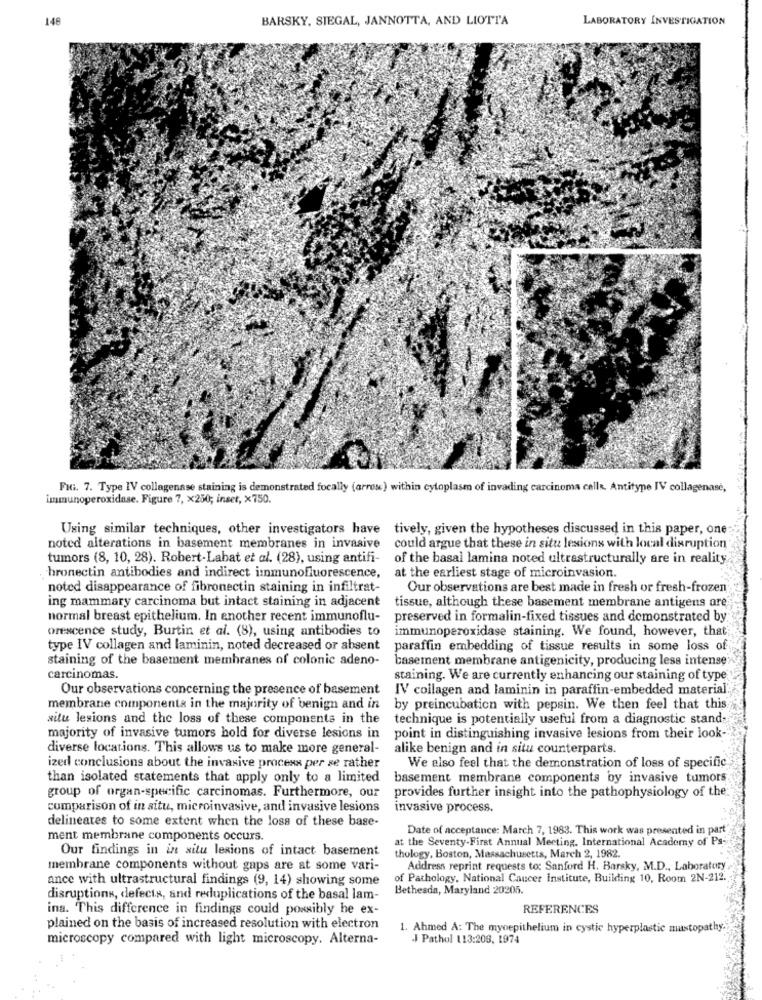
146
BARSKY, SIEGAL, JANNOTTA, AND LIOTTA
LABORATORY INVESTIGATION
FIG. 7. Type IV collagenase staining is demonstrated focally (arrose) within cytoplasm of invading carcinoma cells. Antitype IV collagenase,
immunoperoxidase. Figure 7, x250; inset, ×750.
Using similar techniques, other investigators have tively, given the hypotheses discussed in this paper, one
noted alterations in basement membranes in invasive
could argue that these in situ lesions with local disruption
tumors (8, 10, 28). Robert-Labat et al. (28), using antifi-
of the basal lamina noted ultrastructurally are in reality
at the earliest stage of microinvasion.
hronectin antibodies and indirect immunofluorescence,
noted disappearance of fibronectin staining in infiltrat-
Our observations are best made in fresh or fresh-frozen
ing mammary carcinoma but intact staining in adjacent
tissue, although these basement membrane antigens are
normal breast epithelium. In enother recent immunoflu-
preserved in formalin-fixed tissues and demonstrated by
orescence study, Burtin et al. (8), using antibodies to
immunoperoxidase staining. We found, however, that;
type IV collagen and laminin, noted decreased or absent
paraffin embedding of tissue results in some loss of
staining of the basement membranes of colonic adeno-
basement membrane antigenicity, producing less intense
carcinomas.
staining. We are currently enhancing our staining of type
Our observations concerning the presence of basement
IV collagen and laminin in paraffin-embedded material
membrane componenta in the majority of benign and in
by preincubation with pepsin. We then feel that this
situ lesions and the loss of these components in the
technique is potentially useful from a diagnostic stand:
majority of invasive tumors hold for diverse lesions in
point in distinguishing invasive lesions from their look-
diverse locations. This allows us to make more general-
alike benign and in situ counterparts.
ized conclusions about the invasive process per se rather
We also feel that the demonstration of loss of specific
than isolated statements that apply only to a limited
basement membrane components by invasive tumors
group of organ-specific carcinomas. Furthermore, our
provides further insight into the pathophysiology of the
comparison of in situ, microinvasive, and invasive lesions
invasive process.
delineates to some extent when the loss of these base-
Date of acceptance: March 7, 1983. This work was presented in part
ment membrane components occurs.
at the Seventy-First Annual Meeting, International Academy of Ps-
Our findings in in situ lesions of intact basement
thology, Boston, Massachusetts, March 2, 1982.
membrane components without gaps are at some vari-
Address reprint requests to: Sanford H. Barsky, M.D ., Laboratory
ance with ultrastructural findings (9, 14) showing some
of Pathology, National Cancer institute, Building 10, Room 2N-212.
Bethesda, Maryland 20205.
disruptions, defects, and reduplications of the basal lam-
ina. This difference in findings could possibly he ex-
REFERENCES
plained on the basis of increased resolution with electron
1. Ahmed A: The myoepithelium in cystic hyperplastic mastopathy.
microscopy compared with light microscopy. Alterna-
J Pathol 113:208, 1974